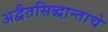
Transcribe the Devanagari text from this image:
अद्वैतसिद्धान्ताचे